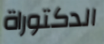
الدكتوراة